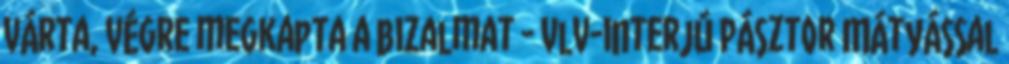
várta, végre megkapta a bizalmat - vlv-interjú Pásztor Mátyással